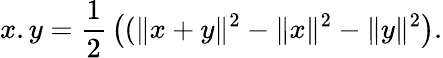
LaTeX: x.y={\frac{1}{2}}\left((\| x+y\| ^{2}-\| x\| ^{2}-\| y\| ^{2}\right).